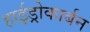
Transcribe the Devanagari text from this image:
हाईड्रोकार्बन